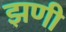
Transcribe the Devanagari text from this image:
झणी